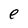
Character: e